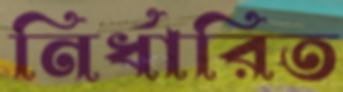
নির্ধারিত